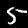
Label: 5